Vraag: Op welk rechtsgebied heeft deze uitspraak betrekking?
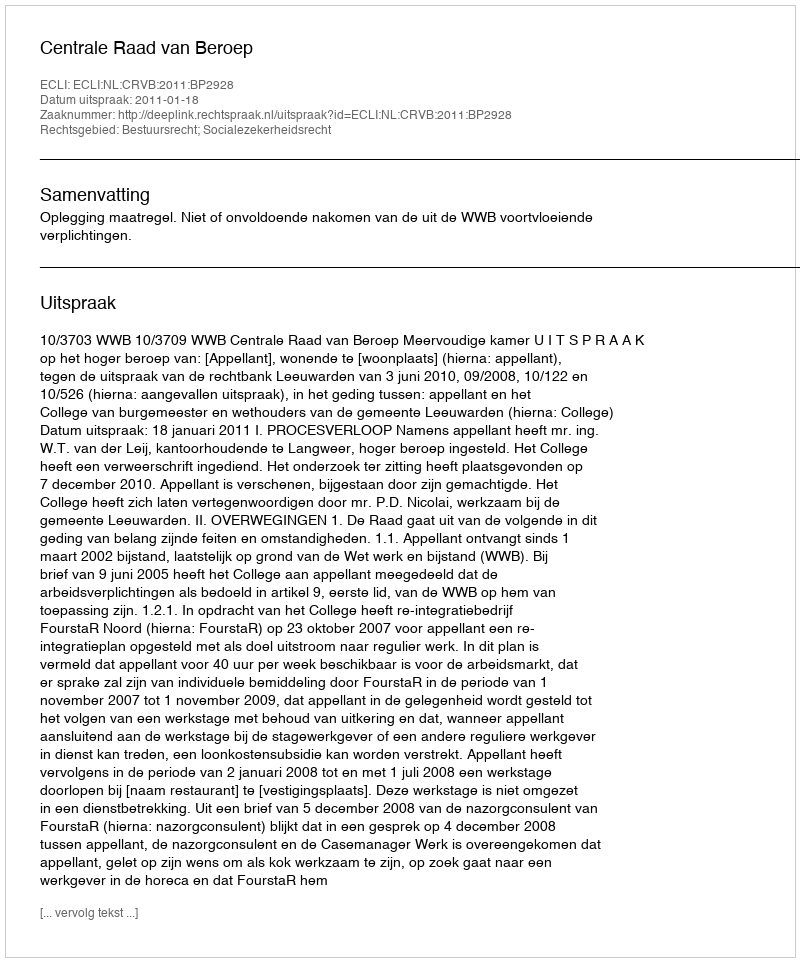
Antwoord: Bestuursrecht; Socialezekerheidsrecht